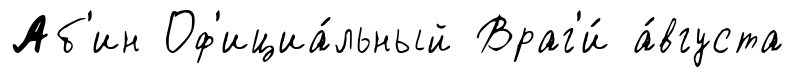
Аб'ин Оф'ициа́льный Враг'и́ а́вгуста